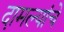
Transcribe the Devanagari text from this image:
दामल्यांचे